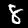
Digit: 8